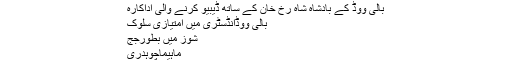
بالی ووڈ کے بادشاہ شاہ رخ خان کے ساتھ ڈیبیو کرنے والی اداکارہ
بالی ووڈانڈسٹری میں امتیازی سلوک
شوز میں بطورجج
ماہیماچوہدری